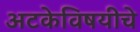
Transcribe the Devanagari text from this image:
अटकेविषयीचे